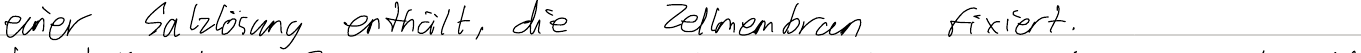
einer Salzlösung enthält, die Zellmembran fixiert.